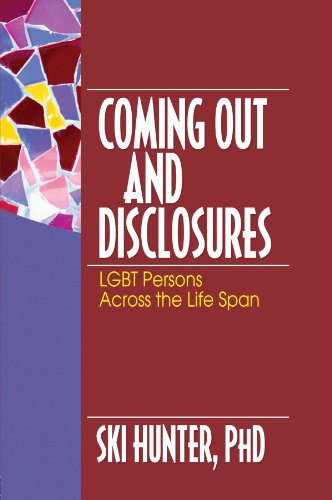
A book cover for Coming Out and Disclosures: LGBT Persons Across the Life Span; Ski Hunter; Gay & Lesbian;